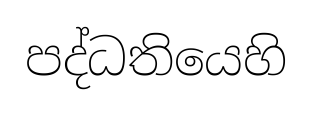
පද්ධතියෙහි